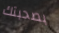
بصحبتك